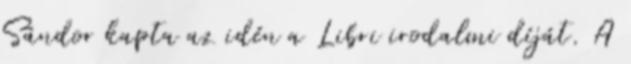
Sándor kapta az idén a Libri irodalmi díját. A